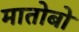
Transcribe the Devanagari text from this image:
मातोबो